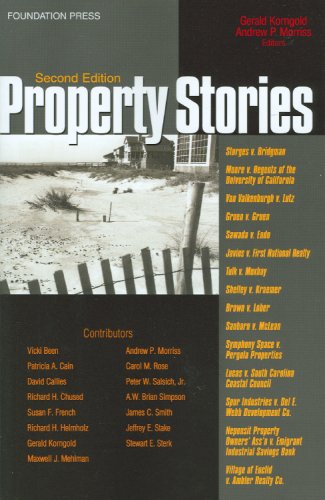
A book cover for Property Stories (Law Stories); Gerald Korngold; Law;